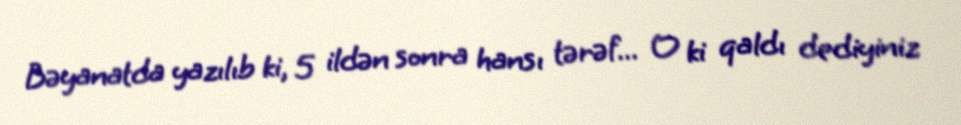
Bəyanatda yazılıb ki, 5 ildən sonra hansı tərəf... O ki qaldı dediyiniz